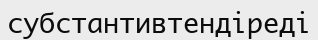
субстантивтендіреді